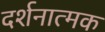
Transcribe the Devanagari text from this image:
दर्शनात्मक